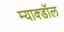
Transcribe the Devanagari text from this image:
म्याक्डॉल